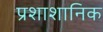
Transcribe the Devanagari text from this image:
प्रशाशानिक